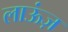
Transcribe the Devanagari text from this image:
लाऊंज़